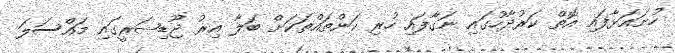
ހުށައަޅާފައި އޮތް ކަރުދާހުގައި ނަގާފައި ހުރި ކަންތައްތަކަށް ބަލާ އިރު ޖޫޑިޝަރީގައި މައްސަލަ